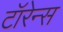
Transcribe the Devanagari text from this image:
टॉरेन्स